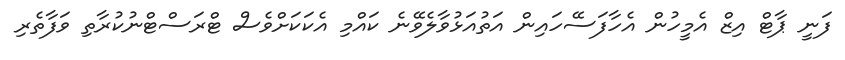
ފަނީ ޕާޓް އިޒް އެމީހުން އެހާފަސޭހައިން އަތުއަޅުވާލެވޭނެ ކައްމި އެކަކަށްވެސް ޓްރަސްޓްނުކުރާތި ވަފާތެރި